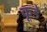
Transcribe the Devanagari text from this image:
कूडे